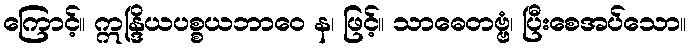
ကြောင့်။ ဣန္ဒြိယပစ္စယဘာဝေ န၊ ဖြင့်။ သာဓေတဗ္ဗံ၊ ပြီးစေအပ်သော။